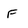
Character: F